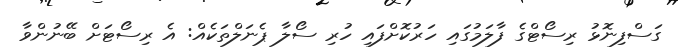
ގަސްފިނޮޅު ރިސޯޓްގެ ފާލަމުގައި ހަރުކޮށްފައި ހުރި ސޯލާ ޕެނަލްތަކެއް: އެ ރިސޯޓަށް ބޭނުންވާ